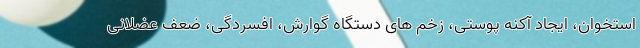
استخوان، ایجاد آکنه پوستی، زخم های دستگاه گوارش، افسردگی، ضعف عضلانی